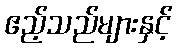
ဧည့်သည်များနှင့်